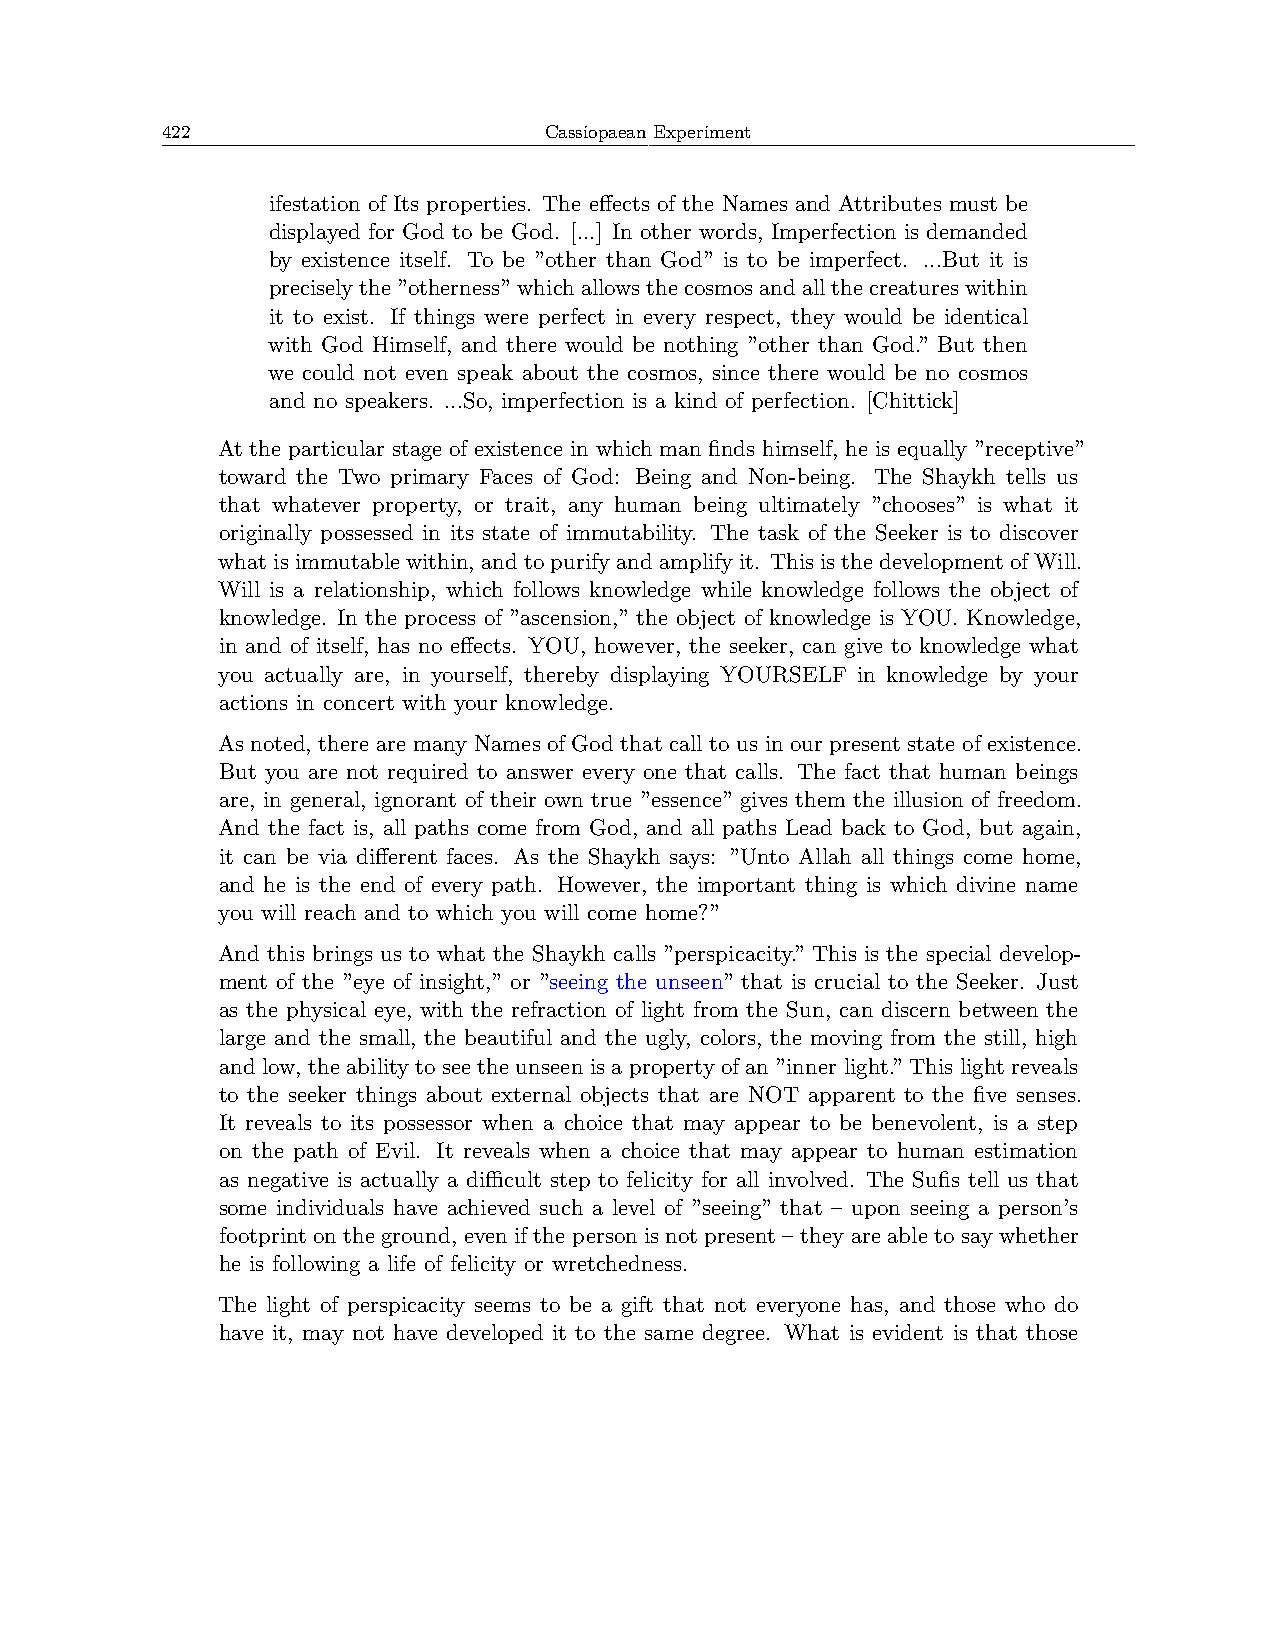
422                      Cassiopaean Experiment
 ifestation of Its properties. The effects of the Names and Attributes must be
 displayed for God to be God. [...] In other words, Imperfection is demanded
 by existence itself. To be ”other than God” is to be imperfect. ...But it is
 preciselythe”otherness”whichallowsthecosmosandallthecreatureswithin
 it to exist. If things were perfect in every respect, they would be identical
 with God Himself, and there would be nothing ”other than God.” But then
 we could not even speak about the cosmos, since there would be no cosmos
 and no speakers. ...So, imperfection is a kind of perfection. [Chittick]
 At the particular stage of existence in which man finds himself, he is equally ”receptive”
 toward the Two primary Faces of God: Being and Non-being. The Shaykh tells us
 that whatever property, or trait, any human being ultimately ”chooses” is what it
 originally possessed in its state of immutability. The task of the Seeker is to discover
 whatisimmutablewithin, andtopurifyandamplifyit. ThisisthedevelopmentofWill.
 Will is a relationship, which follows knowledge while knowledge follows the object of
 knowledge. In the process of ”ascension,” the object of knowledge is YOU. Knowledge,
 in and of itself, has no effects. YOU, however, the seeker, can give to knowledge what
 you actually are, in yourself, thereby displaying YOURSELF in knowledge by your
 actions in concert with your knowledge.
 As noted, there are many Names of God that call to us in our present state of existence.
 But you are not required to answer every one that calls. The fact that human beings
 are, in general, ignorant of their own true ”essence” gives them the illusion of freedom.
 And the fact is, all paths come from God, and all paths Lead back to God, but again,
 it can be via different faces. As the Shaykh says: ”Unto Allah all things come home,
 and he is the end of every path. However, the important thing is which divine name
 you will reach and to which you will come home?”
 And this brings us to what the Shaykh calls ”perspicacity.” This is the special develop-
 ment of the ”eye of insight,” or ”seeing the unseen” that is crucial to the Seeker. Just
 as the physical eye, with the refraction of light from the Sun, can discern between the
 large and the small, the beautiful and the ugly, colors, the moving from the still, high
 and low, the ability to see the unseen is a property of an ”inner light.” This light reveals
 to the seeker things about external objects that are NOT apparent to the five senses.
 It reveals to its possessor when a choice that may appear to be benevolent, is a step
 on the path of Evil. It reveals when a choice that may appear to human estimation
 as negative is actually a diﬀicult step to felicity for all involved. The Sufis tell us that
 some individuals have achieved such a level of ”seeing” that – upon seeing a person’s
 footprint on the ground, even if the person is not present – they are able to say whether
 he is following a life of felicity or wretchedness.
 The light of perspicacity seems to be a gift that not everyone has, and those who do
 have it, may not have developed it to the same degree. What is evident is that those